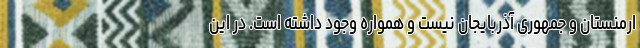
ارمنستان و جمهوری آذربایجان نیست و همواره وجود داشته است. در این‌